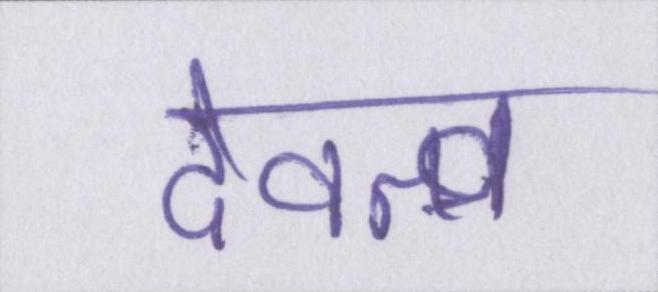
देवत्व